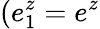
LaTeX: (e_{1}^{z}=e^{z}